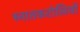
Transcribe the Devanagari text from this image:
स्नातकटोलियों